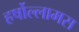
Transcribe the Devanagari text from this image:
हर्षोल्लामस